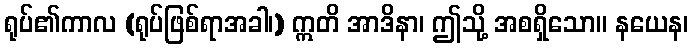
ရုပ်၏ကာလ (ရုပ်ဖြစ်ရာအခါ၊) ဣတိ အာဒိနာ၊ ဤသို့ အစရှိသော။ နယေန၊